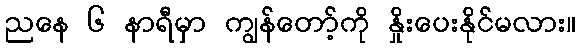
ညနေ ၆ နာရီမှာ ကျွန်တော့်ကို နှိုးပေးနိုင်မလား။